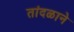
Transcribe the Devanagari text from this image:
तांदळाने